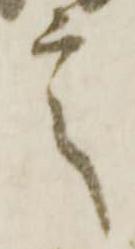
言